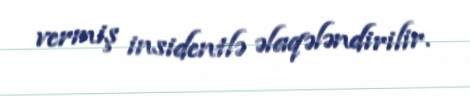
vermiş insidentlə əlaqələndirilir.